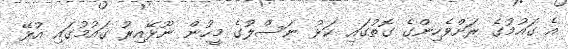
އެ ގައުމުގެ ރަށްވެހިންގެ ގޮތުގައި ކަޅު ނަސްލުގެ މީހުން ނޫޅޭއިރު ގައުމުގައި އުޅޭ